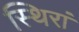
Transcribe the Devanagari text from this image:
स्थिरां